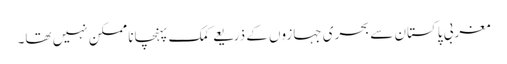
مغربی پاکستان سے بحری جہازوں کے ذریعے کمک پہنچانا ممکن نہیں تھا۔